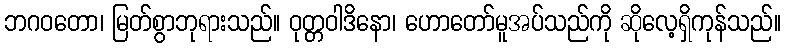
ဘဂဝတော၊ မြတ်စွာဘုရားသည်။ ဝုတ္တဝါဒိနော၊ ဟောတော်မူအပ်သည်ကို ဆိုလေ့ရှိကုန်သည်။